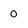
Character: 0